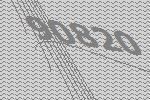
90820